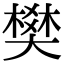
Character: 樊